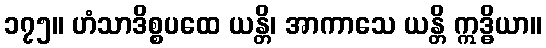
၁၇၅။ ဟံသာဒိစ္စပထေ ယန္တိ၊ အာကာသေ ယန္တိ ဣဒ္ဓိယာ။